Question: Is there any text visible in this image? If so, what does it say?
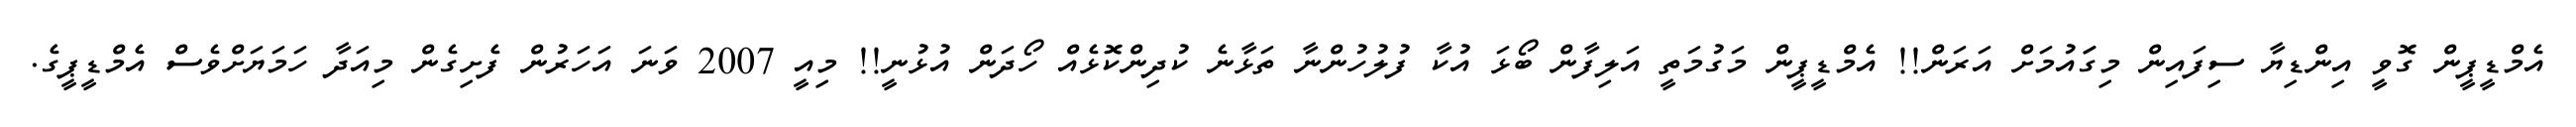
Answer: އެމްޑީޕީން ގޮވީ އިންޑިޔާ ސިފައިން މިގަައުމަށް އަރަން!! އެމްޑީޕީން މަގުމަތީ އަލިފާން ބޯޅަ އުކާ ފުލުހުންނާ ތަޅާނެ ކުދިންކޮޅެއް ހޯދަން އުޅުނީ!! މިއީ 2007 ވަނަ އަހަރުން ފެށިގެން މިއަދާ ހަމަޔަށްވެސް އެމްޑީޕީގެ.